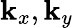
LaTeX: \mathbf{k}_{x},\mathbf{k}_{y}